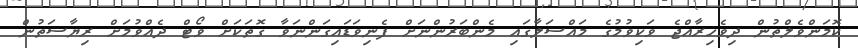
ކޮމަންވެލްތުން ދިވެހިރާއްޖެ ވަކިވުމުގެ މައްސަލާގައި މެންބަރުންނަށް ފެނިވަޑައިގަންނަވާ ގޮތަކަށް ވޯޓް ދެއްވުމަށް ރިޔާސަތުން